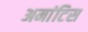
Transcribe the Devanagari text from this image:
अमांटिस